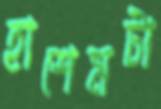
হাশেমটা